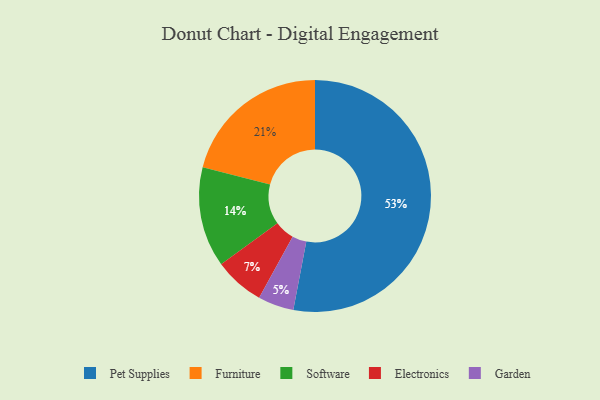
{"axis": {"x": "Category", "y": "Percentage"}, "legend": ["Electronics", "Furniture", "Garden", "Pet Supplies", "Software"], "data": [{"x": "Garden", "y": 5, "type": "Garden"}, {"x": "Furniture", "y": 21, "type": "Furniture"}, {"x": "Pet Supplies", "y": 53, "type": "Pet Supplies"}, {"x": "Software", "y": 14, "type": "Software"}, {"x": "Electronics", "y": 7, "type": "Electronics"}]}